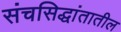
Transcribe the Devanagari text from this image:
संचसिद्धांतातील